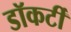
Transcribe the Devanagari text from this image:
डॉकर्टी